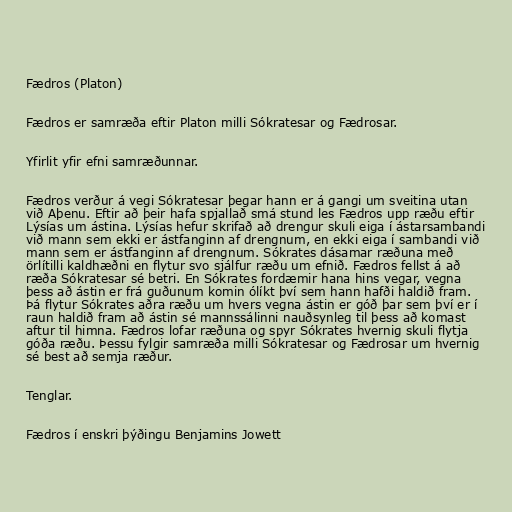
Fædros (Platon)

Fædros er samræða eftir Platon milli Sókratesar og Fædrosar.

Yfirlit yfir efni samræðunnar.

Fædros verður á vegi Sókratesar þegar hann er á gangi um sveitina utan
við Aþenu. Eftir að þeir hafa spjallað smá stund les Fædros upp ræðu eftir
Lýsías um ástina. Lýsías hefur skrifað að drengur skuli eiga í ástarsambandi
við mann sem ekki er ástfanginn af drengnum, en ekki eiga í sambandi við
mann sem er ástfanginn af drengnum. Sókrates dásamar ræðuna með
örlítilli kaldhæðni en flytur svo sjálfur ræðu um efnið. Fædros fellst á að
ræða Sókratesar sé betri. En Sókrates fordæmir hana hins vegar, vegna
þess að ástin er frá guðunum komin ólíkt því sem hann hafði haldið fram.
Þá flytur Sókrates aðra ræðu um hvers vegna ástin er góð þar sem því er í
raun haldið fram að ástin sé mannssálinni nauðsynleg til þess að komast
aftur til himna. Fædros lofar ræðuna og spyr Sókrates hvernig skuli flytja
góða ræðu. Þessu fylgir samræða milli Sókratesar og Fædrosar um hvernig
sé best að semja ræður.

Tenglar.

Fædros í enskri þýðingu Benjamins Jowett